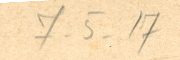
7 - 5 17